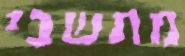
מתשבי